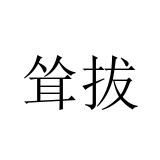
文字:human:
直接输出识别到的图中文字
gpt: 耸拔